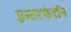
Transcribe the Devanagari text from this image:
इन्टरफेरॉन